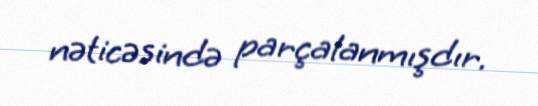
nəticəsində parçalanmışdır.